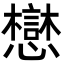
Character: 𫻓